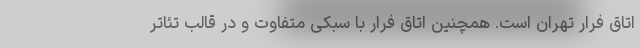
اتاق فرار تهران است. همچنین اتاق فرار با سبکی متفاوت و در قالب تئاتر